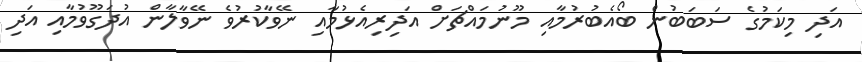
އަދި މިކަމުގެ ސަބަބުން ބޯއެބުރުމާއި މޫނުމައްޗަށް އަދިރިއެޅުމާއި ނޭވާކުރުވެ ނޭވާލާން އުދަގޫވުމާއި އަދި